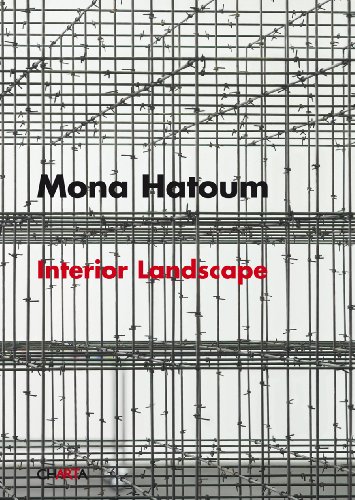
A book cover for Mona Hatoum: Interior Landscape; RÃ©da BensmaÃ¯a; Arts & Photography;